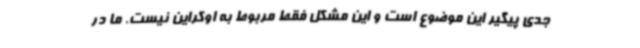
جدی پیگیر این موضوع است و این مشکل فقط مربوط به اوکراین نیست. ما در